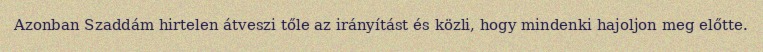
Azonban Szaddám hirtelen átveszi tőle az irányítást és közli, hogy mindenki hajoljon meg előtte.